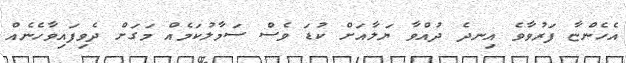
އެހެންޏާ ފަރުވާވެ އިނދެ ދުއްވާ ޔަލާއަށް ކުޑަ ވެސް ސަމާލުކަމެއް މަގަށް ދެވިފައިވާހެނެއް